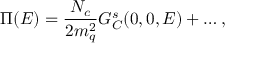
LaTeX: \Pi ( E ) = { \frac { N _ { c } } { 2 m _ { q } ^ { 2 } } } G _ { C } ^ { s } ( 0 , 0 , E ) + \ldots ,